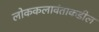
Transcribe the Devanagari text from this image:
लोककलावंतांकडील